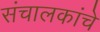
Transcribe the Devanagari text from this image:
संचालकांचे